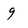
Character: g